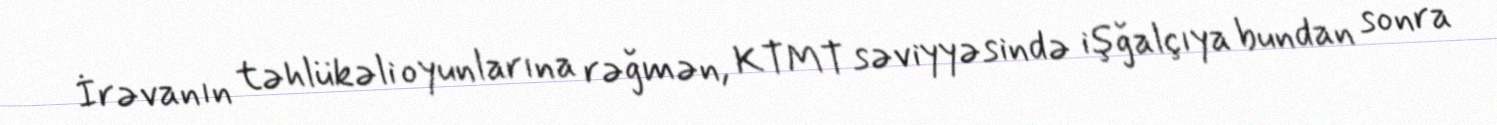
İrəvanın təhlükəli oyunlarına rəğmən, KTMT səviyyəsində işğalçıya bundan sonra